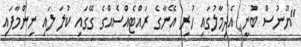
"ޔޫނުސް ބުނީ އެދިމާލުގައި ހުރި އޭނާގެ ރައްޓެއްސެއްގެ ގޭގައި ކުލަ ލައި ނިންމާފައި